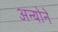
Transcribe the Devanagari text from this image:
अन्योने